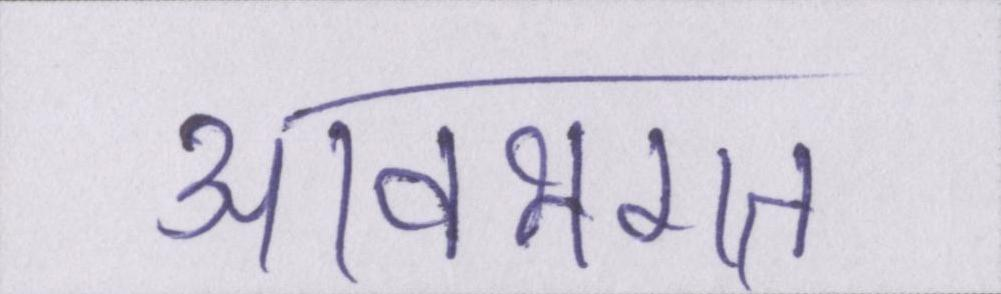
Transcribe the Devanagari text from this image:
आवभगत